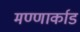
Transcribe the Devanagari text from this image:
मण्णार्काड